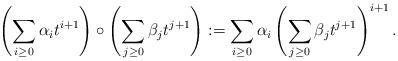
LaTeX: \begin{align*}\left(\sum_{i \geq 0 } \alpha_i t^{i+1} \right) \circ \left(\sum_{j \geq 0 } \beta_j t^{j+1} \right) := \sum_{i \geq 0} \alpha_i \left(\sum_{j \geq 0} \beta_j t^{j+1}\right)^{i+1}.\end{align*}